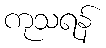
ကုသရန်